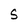
Character: S